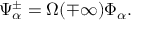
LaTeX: \Psi _ { \alpha } ^ { \pm } = \Omega ( \mp \infty ) \Phi _ { \alpha } .